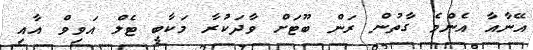
އޭނާއާ އެންމެ ގާތުން ރަން ބޫޓަށް ވާދަކުރާ މަކާބީ ޓެލް އަވިވް އާއި